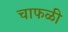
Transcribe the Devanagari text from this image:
चाफळी